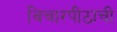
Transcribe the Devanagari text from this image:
विचारपीठाची